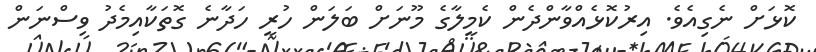
ކޮޅަށް ނެގިއެވެ. އިރުކޮޅެއްވާންދެން ކެމީލާގެ މޫނަށް ބަލަން ހުރީ ހަދާނެ ގޮތަކާއިމެދު ވިސްނަން